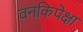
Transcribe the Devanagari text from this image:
वनकिपेक्षा